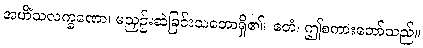
အဟိံသလက္ခဏော၊ မညှဉ်းဆဲခြင်းသဘောရှိ၏။ ဧတံ၊ ဤစကားတော်သည်။